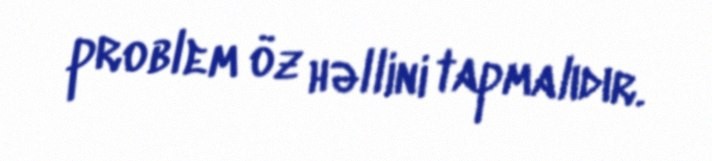
problem öz həllini tapmalıdır.